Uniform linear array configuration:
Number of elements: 24
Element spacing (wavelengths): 1
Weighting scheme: hamming
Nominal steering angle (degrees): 30
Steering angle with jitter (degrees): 31.895
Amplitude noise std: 0.05
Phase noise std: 0.05

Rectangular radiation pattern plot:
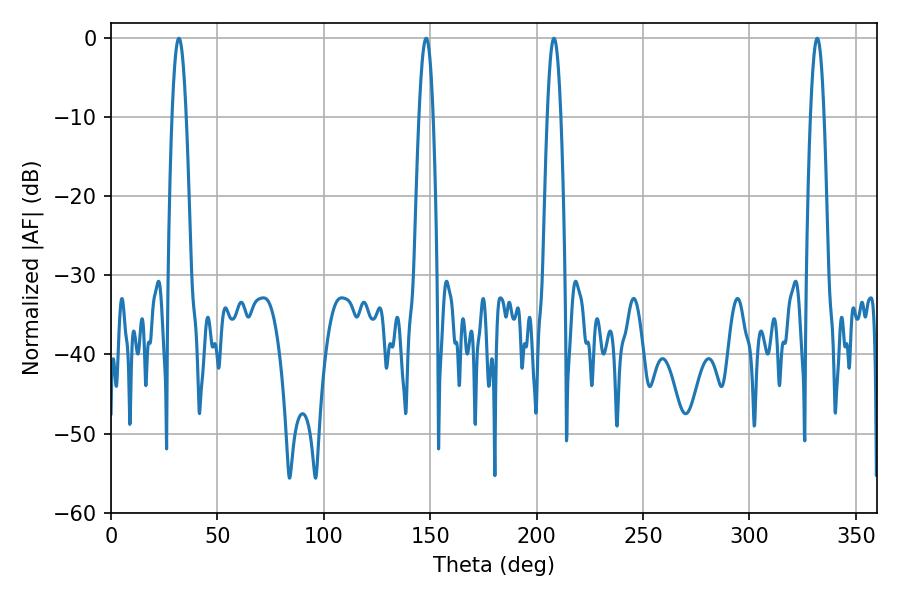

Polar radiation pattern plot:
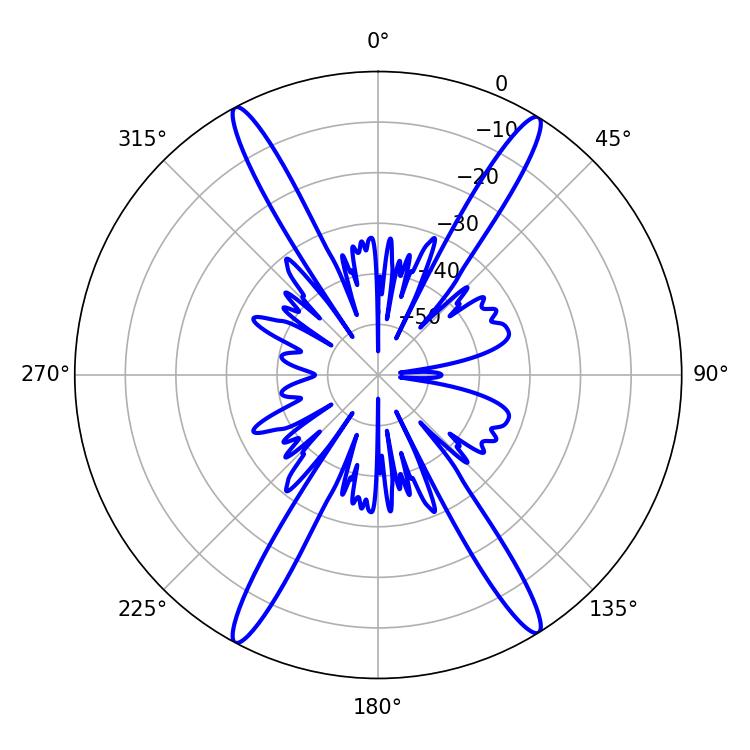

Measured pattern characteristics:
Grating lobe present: TRUE
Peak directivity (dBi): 22.767
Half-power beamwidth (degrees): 3.6
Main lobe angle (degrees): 31.86